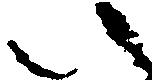
い